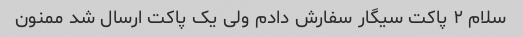
سلام ۲ پاکت سیگار سفارش دادم ولی یک پاکت ارسال شد ممنون